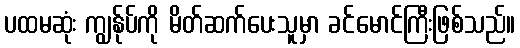
ပထမဆုံး ကျွန်ုပ်ကို မိတ်ဆက်ပေးသူမှာ ခင်မောင်ကြီးဖြစ်သည်။